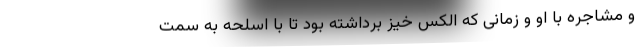
و مشاجره با او و زمانی که الکس خیز برداشته بود تا با اسلحه به سمت